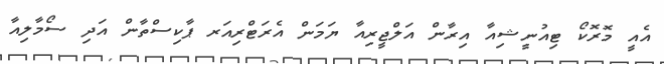
އެއީ މޮރޮކޯ ޓިއުނީޝިއާ އިރާން އަލްޖީރިއާ ޔަމަން އެރަޓްރިއަރ ޕާކިސްތާން އަދި ސޯމާލިއާ